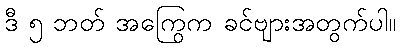
ဒီ ၅ ဘတ် အကြွေက ခင်ဗျားအတွက်ပါ။